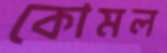
কোমল